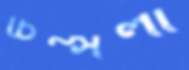
চিম্‌সলা